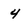
Character: 4